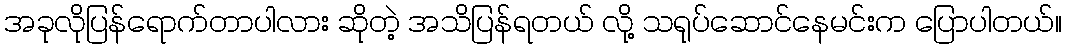
အခုလိုပြန်ရောက်တာပါလား ဆိုတဲ့ အသိပြန်ရတယ် လို့ သရုပ်ဆောင်နေမင်းက ပြောပါတယ်။